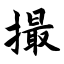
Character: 撮